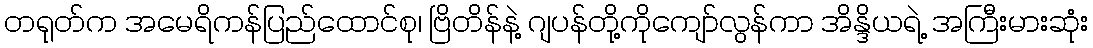
တရုတ်က အမေရိကန်ပြည်ထောင်စု၊ ဗြိတိန်နဲ့ ဂျပန်တို့ကိုကျော်လွန်ကာ အိန္ဒိယရဲ့ အကြီးမားဆုံး